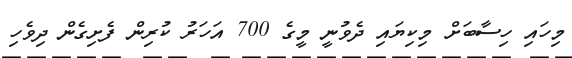
މިހައި ހިސާބަށް މިކިޔައި ދެވުނީ މީގެ 700 އަހަރު ކުރިން ފެށިގެން ދިވެހި